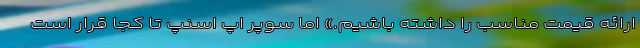
ارائه قیمت مناسب را داشته باشیم.» اما سوپر اپ اسنپ تا کجا قرار است